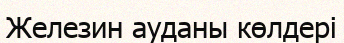
Железин ауданы көлдері